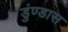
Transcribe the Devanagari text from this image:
डुंण्डास